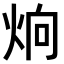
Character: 𤈍